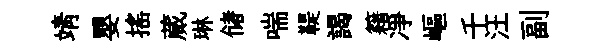
靖嬰摇蕆琳储喘鞮謁籍凈嶇千汪副